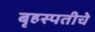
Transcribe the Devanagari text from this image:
बृहस्पतीचे